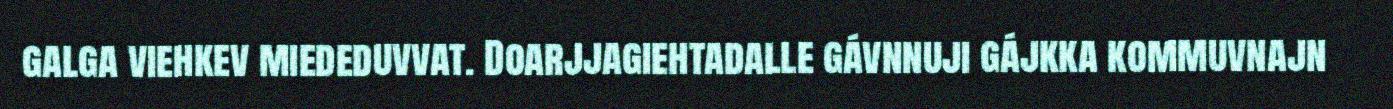
galga viehkev miededuvvat. Doarjjagiehtadalle gávnnuji gájkka kommuvnajn